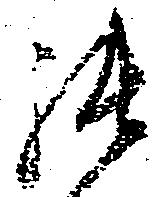
張